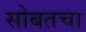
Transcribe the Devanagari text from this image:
सोबतचा